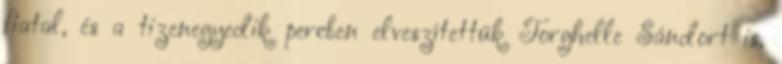
fiatal, és a tizenegyedik percben elveszítettük Torghelle Sándort is,